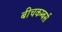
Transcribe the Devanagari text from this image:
बीचकम्बर्स